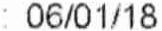
: 06/01/18